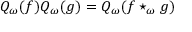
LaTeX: Q _ { \omega } ( f ) Q _ { \omega } ( g ) = Q _ { \omega } ( f \star _ { \omega } g )